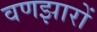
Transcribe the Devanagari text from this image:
वणझारों